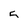
Character: 5